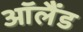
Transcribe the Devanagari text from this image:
ऑलैंड